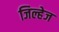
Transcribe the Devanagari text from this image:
जिल्हेज